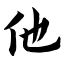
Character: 他